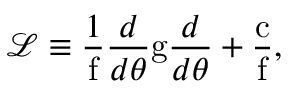
\mathcal { L } \equiv \frac { 1 } { \mathrm { f } } \frac { d } { d \theta } \mathrm { g } \frac { d } { d \theta } + \frac { \mathrm { c } } { \mathrm { f } } ,